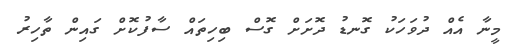
މީނާ އެއް ދުވަހަކު ގޮނޑު ދޮށަށް ގޮސް ބިހިތައް ސާފުކޮށް ގައިން ތާހިރު